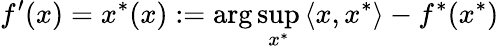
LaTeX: f^{\prime}(x)=x^{*}(x):=\arg\operatorname*{sup}_{x^{*}}{\langle x,x^{*}\rangle}-f^{*}(x^{*})